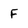
Character: F